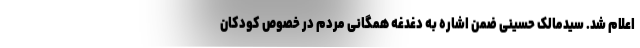
اعلام شد. سیدمالک حسینی ضمن اشاره به دغدغه همگانی مردم در خصوص کودکان